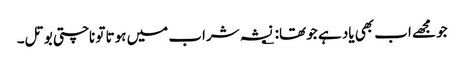
جو مجھے اب بھی یاد ہے جو تھا: ؂ نشہ شراب میں ہوتا تو ناچتی بوتل۔